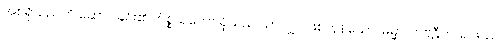
အစရှိသည်ကို ဆောင်ခြင်း၏ ကိစ္စသဘော ရှိသည် သာလျှင် ဖြစ်ကုန်သော။ ဓမ္မာ၊ ကဗဠီကာရ ဖဿ